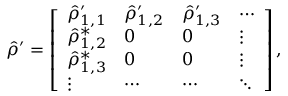
\hat { \rho } ^ { \prime } = \left[ \begin{array} { l l l l } { \hat { \rho } _ { 1 , 1 } ^ { \prime } } & { \hat { \rho } _ { 1 , 2 } ^ { \prime } } & { \hat { \rho } _ { 1 , 3 } ^ { \prime } } & { \cdots } \\ { \hat { \rho } _ { 1 , 2 } ^ { * } } & { 0 } & { 0 } & { \vdots } \\ { \hat { \rho } _ { 1 , 3 } ^ { * } } & { 0 } & { 0 } & { \vdots } \\ { \vdots } & { \cdots } & { \cdots } & { \ddots } \end{array} \right] ,